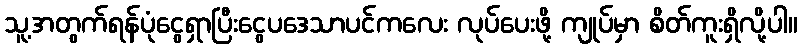
သူ့အတွက်ရန်ပုံငွေရှာပြီးငွေပဒေသာပင်ကလေး လုပ်ပေးဖို့ ကျုပ်မှာ စိတ်ကူးရှိလို့ပါ။